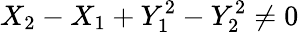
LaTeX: X_{2}-X_{1}+Y_{1}^{2}-Y_{2}^{2}\neq 0